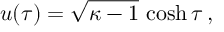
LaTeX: u ( \tau ) = \sqrt { \kappa - 1 } \, \cosh \tau \, ,